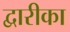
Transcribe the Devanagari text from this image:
द्वारीका